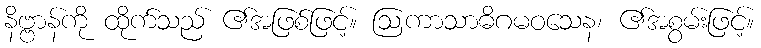
နိဗ္ဗာန်ကို ထိုက်သည် ၏အဖြစ်ဖြင့်။ ဩကာသာဓိဂမဝသေန၊ ၏အစွမ်းဖြင့်။